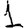
Digit: 1